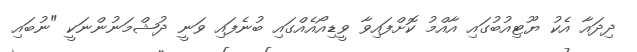
ދިދައާ އެކު ޔޫޓިއުބުގައި އާއްމު ކޮށްފައިވާ ވީޑިއޯއެއްގައި ބުނެފައި ވަނީ ދުޝްމަނުންނަކީ "ނުބައި